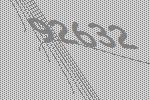
92632